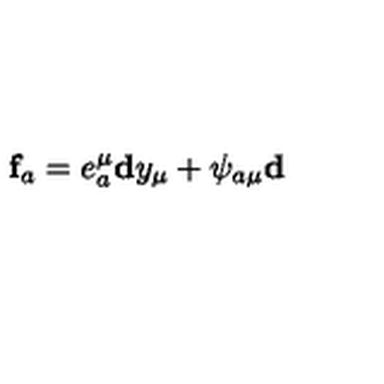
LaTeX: \mathbf { f } _ { a } = e _ { a } ^ { \mu } \mathbf { d } y _ { \mu } + \psi _ { a \mu } \mathbf { d }